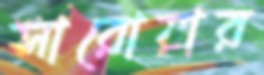
সারোয়ার